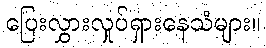
ပြေးလွှားလှုပ်ရှားနေသံများ။